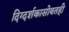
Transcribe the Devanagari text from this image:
दिग्दर्शकासोबतही